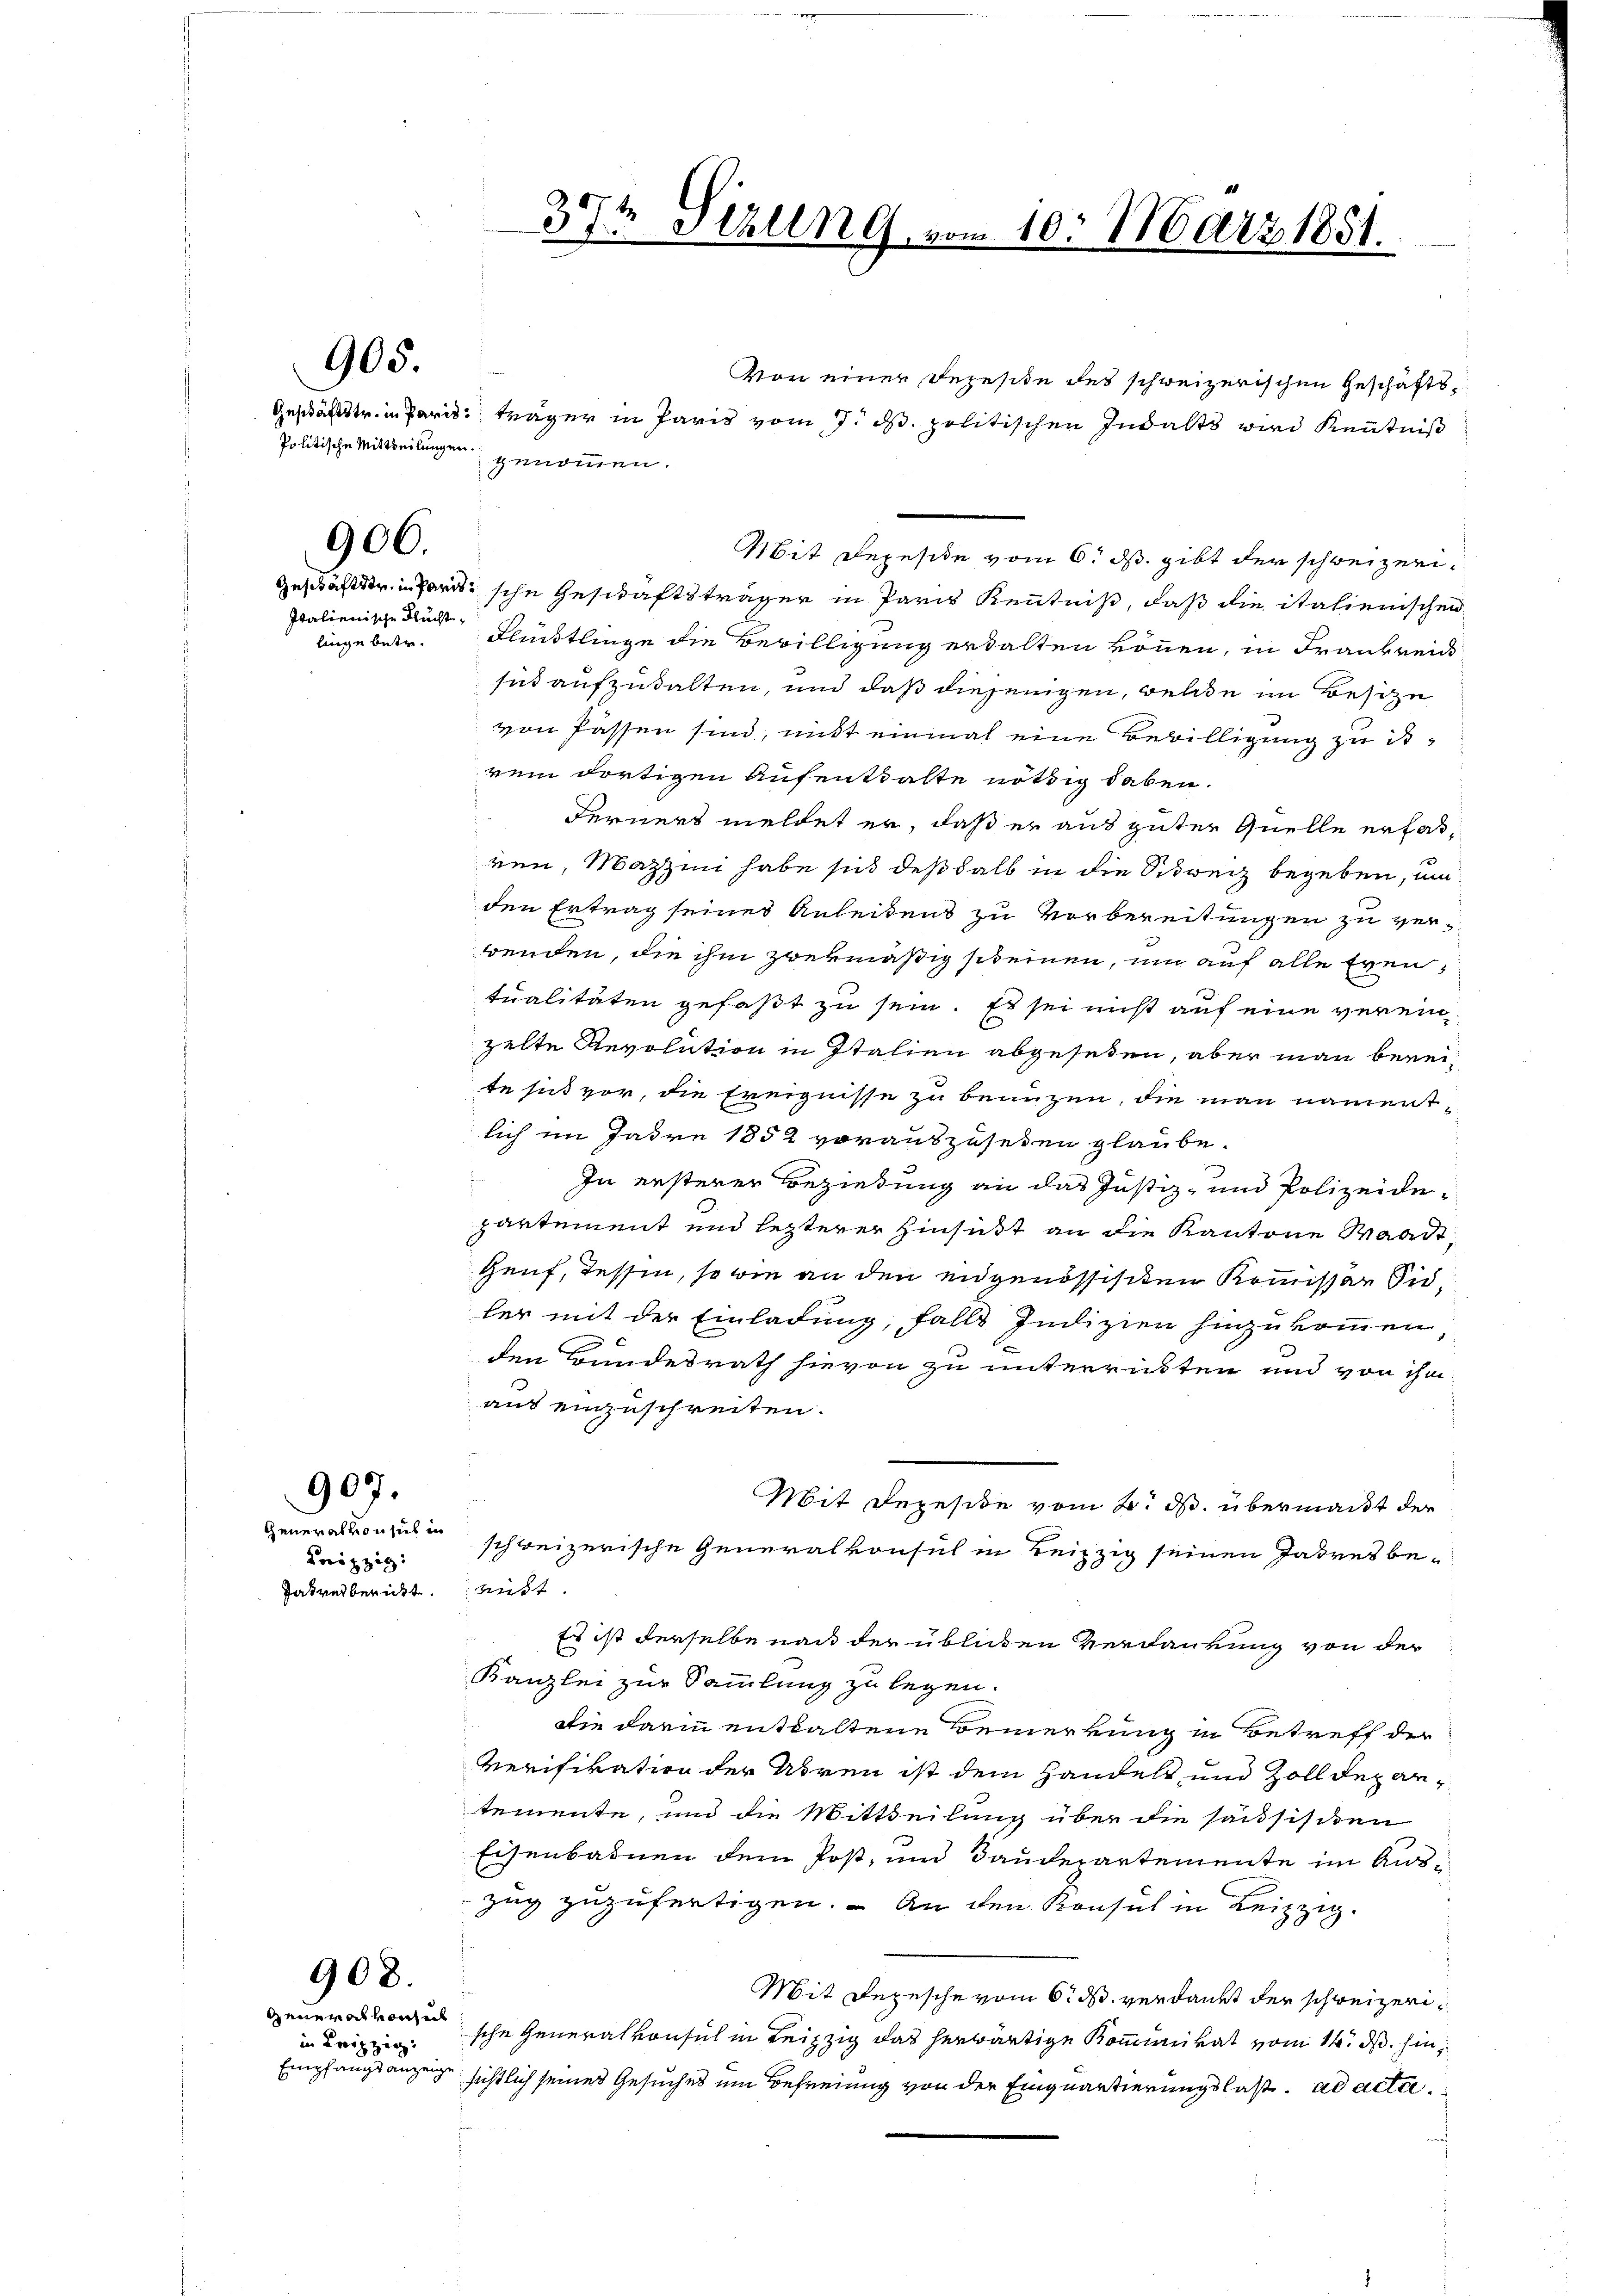
905.

906.

Italienische Fluchtlinge betre¬

Generalkonsul in
Horizzig:
Jahresbericht

907.

908.

General vonseit
in Leipzig.
Empfangsanzeig

Geschärfter in Paris, träger in Paris vom 7. d. politischen Inhalts wird Kenntniß
Politische Mittheilungen genommen.

37t Schling, vom 10. März 1851.

Von einer Rezesite des schweizerischen Geschäfts¬
Mit Depeside vom 6. ds. gibt der schweizeri¬
Geschäftstr. in Parischen Geschäftsträger in Paris Kenntniß, daß die italienischen
Flüchtlinge die Bewilligung erwalten können, in Frankreis
sid aufzuhalten, und daß diejenigen, welche im Besize
von Passen sind, nicht einmal eine Bewilligung zu i
rem dortigen Aufenthalte nöthig haben.
Ferners meldet er, daß er aus guter Quelle erfas-
ren, Mazzini habe sich deßhalb in die Schweiz begeben, um
den Ertrag seines Anleitens zu Vorbereitungen zu verwenden, die ihm zwekmäßig seinen, um auf alle Eventualitäten gefaßt zu sein. Es sei nicht auf eine vereinzelte Revolution in Italien abgesehen, aber man bereite sich vor, die Ereignisse zu benuzen, die man namentlich im Jahre 1852 vorauszuseten glaube.
E
J
In ersterer Beziehung an das Justiz- und Polizeidepartement und letzterer Hinsist an die Kantone Waadt
Genf, Tessin, so wie an den engenössischen Kommissar Sidler mit der Einladung, falls Indizien hinzukommen,
den Bundesrath hievon zu unterristen und von ihm
aus einzuschreiten.
.
Mit Depesie vom 2. ds. übermacht der
schweizerische Generalkonsul in Leipzig seinen Jahresbe-
rust.
Es ist derselbe nach der üblicken Verdankung von der
Kanzlei zur Sammlung zu legen.
die darin enthaltene Bemerkung in Betreff der
Verifikation der Uhren ist dem Handelt und Zoll der antemente, und die Mittheilung über die saisischen
Eisenbahnen dem Post, und Taudepartemente im Auszug zuzufertigen. An den Konsul in Leipzig.
Mit Depesche vom 6. ds. verdankt der schweizerische Generalvorsich in Leipzig das herwärtige Kommunikat vom 14. d. hinsichtlich seines Gesuches um Befreiung von der Einquartierungslast. ad acte